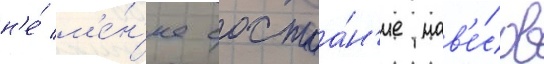
н'е́ м'е́н'ее состоа́н'ие нав'е́сов